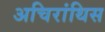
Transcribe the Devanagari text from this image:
अचिरांथिस